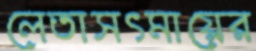
লেতাসৎমায়ের